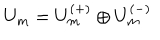
U _ { m } = U _ { m } ^ { ( + ) } \oplus U _ { m } ^ { ( - ) }